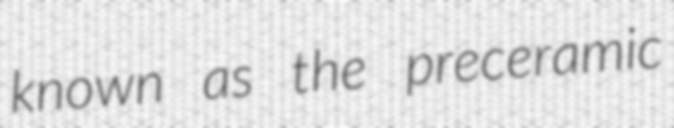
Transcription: known as the preceramic